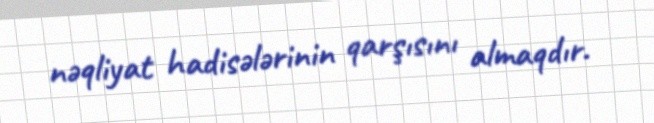
nəqliyat hadisələrinin qarşısını almaqdır.